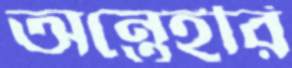
অন্তেহরি